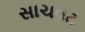
સાચવટ